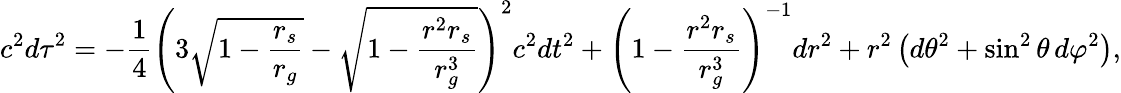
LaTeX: c^{2}{d\tau}^{2}=-{\frac{1}{4}}\left(3{\sqrt{1-{\frac{r_{s}}{r_{g}}}}}-{\sqrt{1-{\frac{r^{2}r_{s}}{r_{g}^{3}}}}}\right)^{2}c^{2}dt^{2}+\left(1-{\frac{r^{2}r_{s}}{r_{g}^{3}}}\right)^{-1}dr^{2}+r^{2}\left(d\theta^{2}+\sin^{2}\theta\, d\varphi^{2}\right),